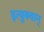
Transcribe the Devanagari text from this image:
इत्युक्वान्